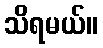
သိရမယ်။